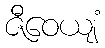
ဇီဝေယျံ